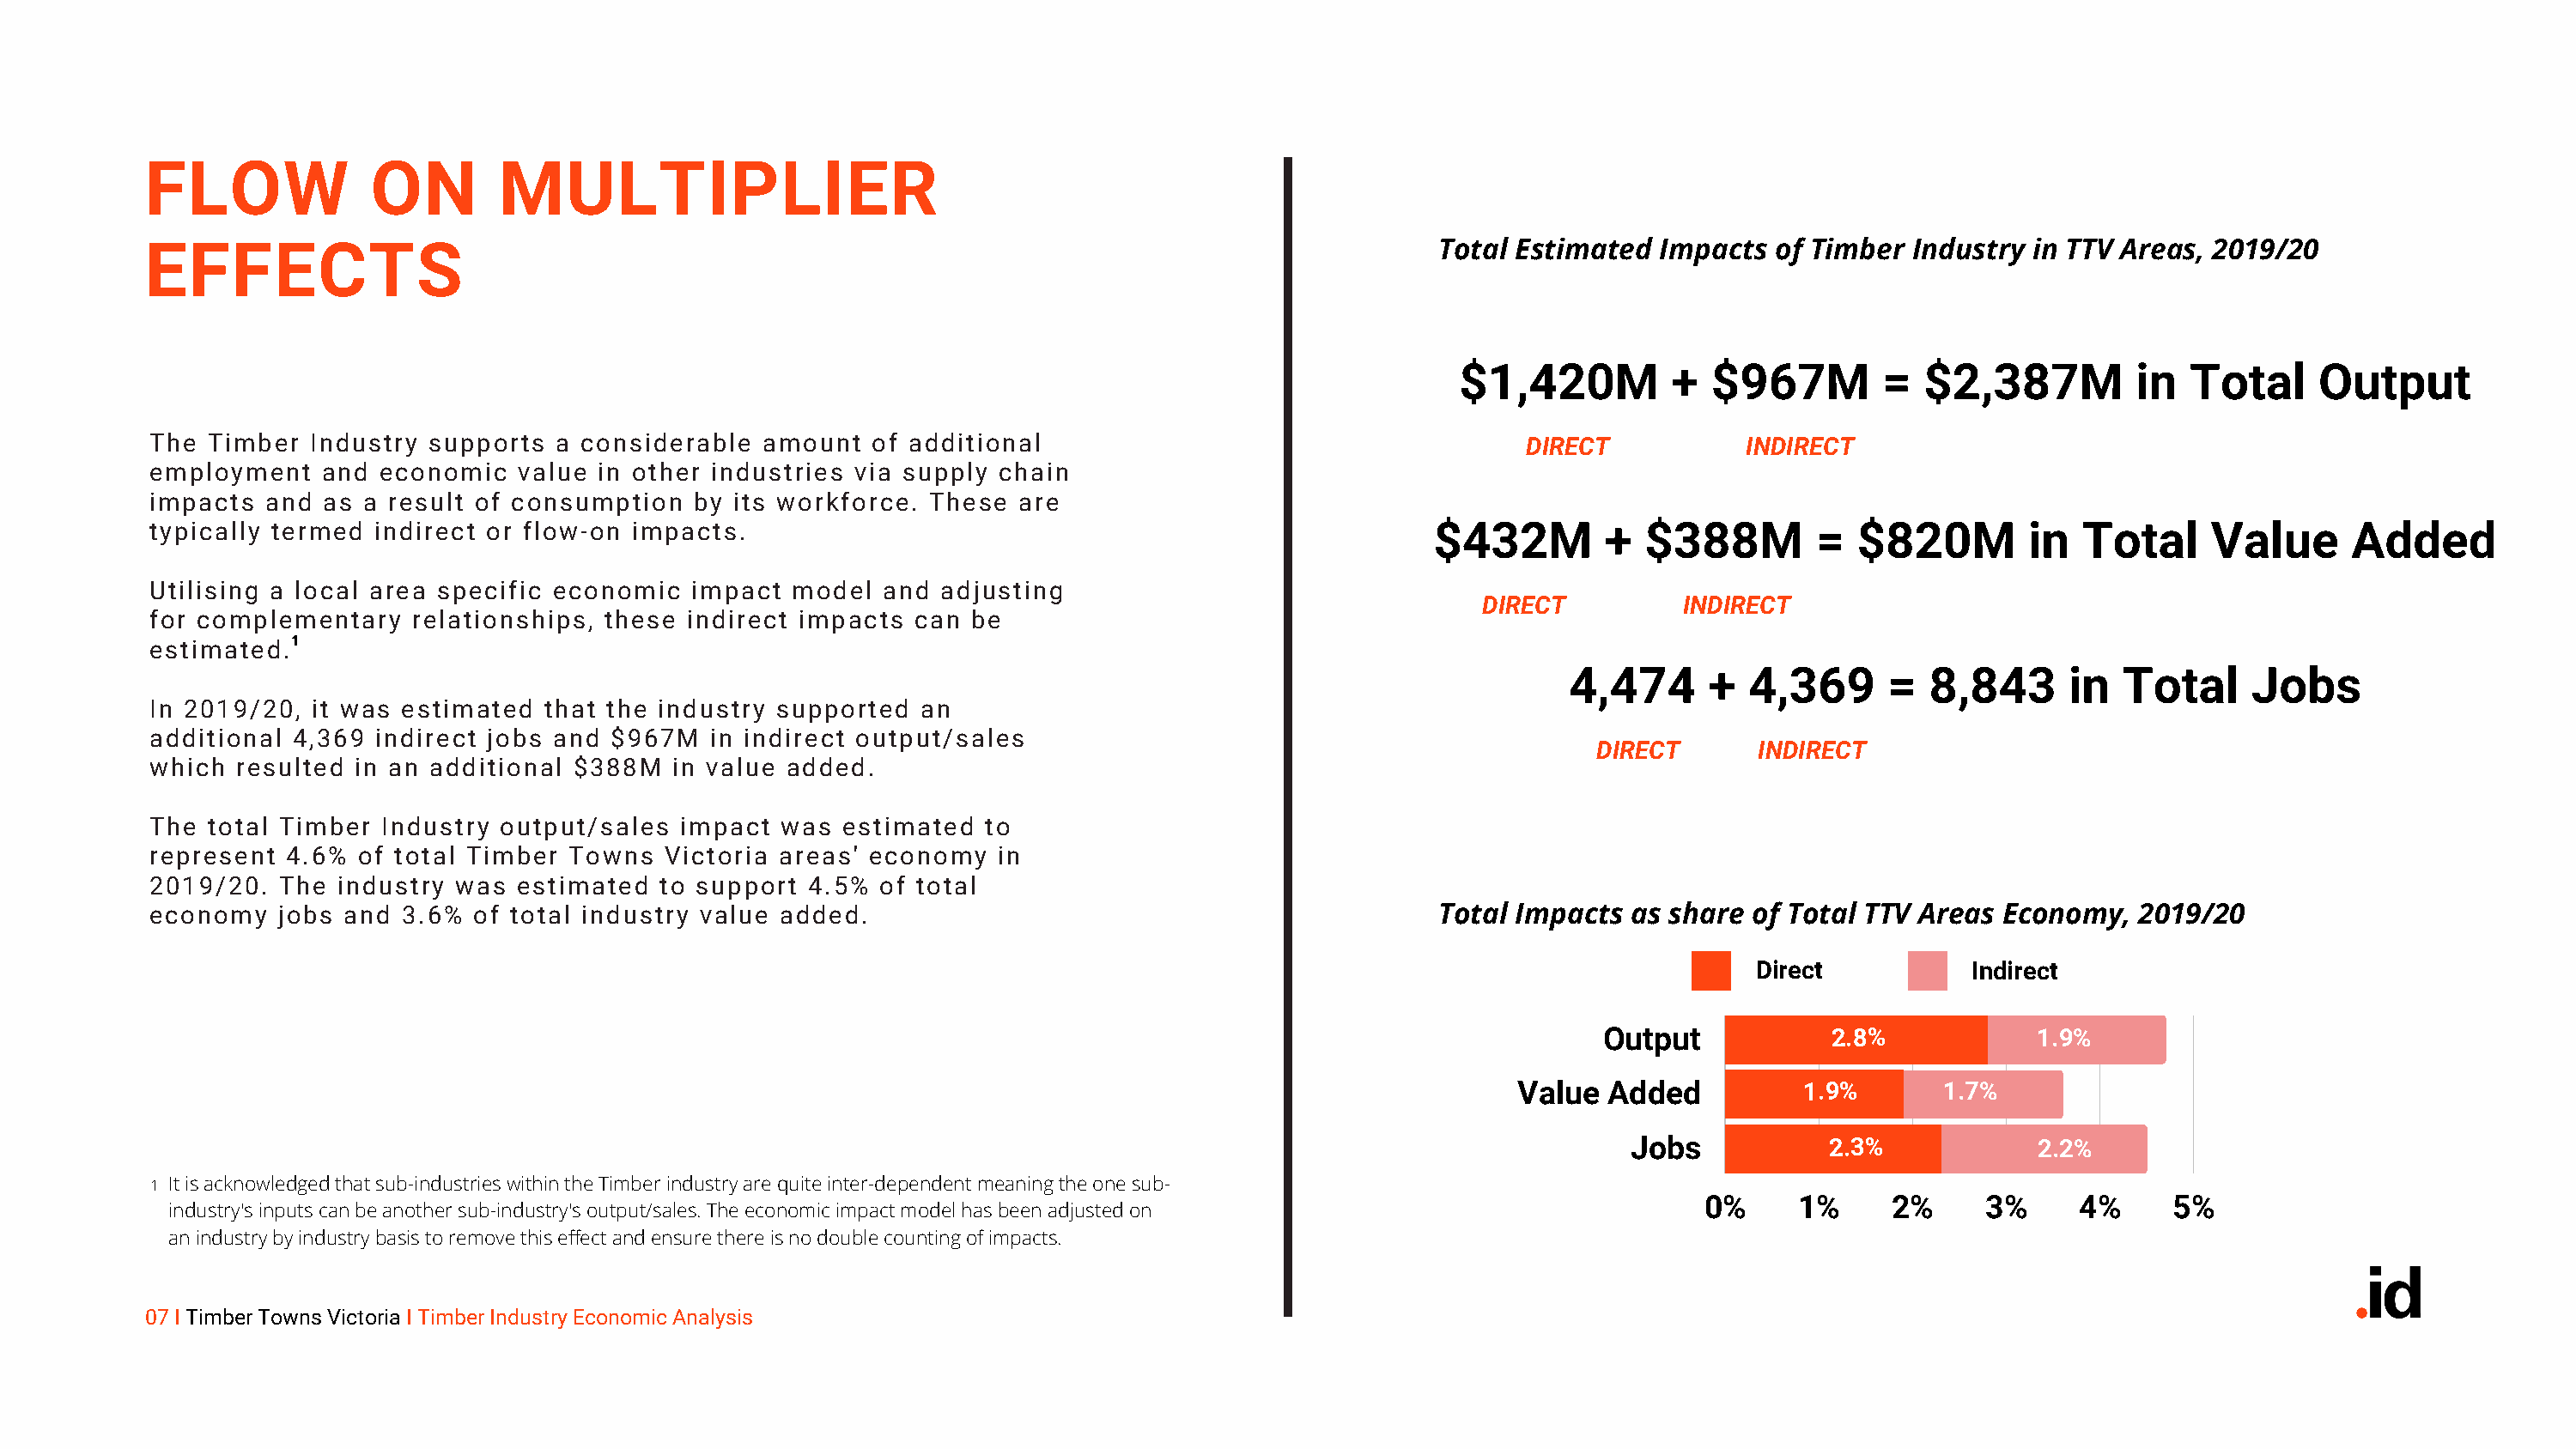
FLOW              ON       MULTIPLIER
 EFFECTS                                                                                             Total Estimated  Impacts  of Timber Industry  in TTV Areas, 2019/20
 $1,420M         +  $967M        =  $2,387M          in  Total     Output
 The Timber  Industry supports  a considerable  amount  of additional                                      DIRECT           INDIRECT
 employment   and economic   value in other industries via supply chain
 impacts and  as a result of consumption  by  its workforce. These  are
 typically termed indirect or flow-on impacts.                                                      $432M        +  $388M        =  $820M        in   Total    Value      Added
 Utilising a local area specific economic impact  model  and  adjusting
 DIRECT          INDIRECT
 for complementary   relationships, these indirect impacts  can be
 estimated.1
 4,474      +  4,369      =  8,843     in   Total     Jobs
 In 2019/20, it was estimated  that the industry supported  an
 additional 4,369 indirect jobs and $967M   in indirect output/sales
 DIRECT       INDIRECT
 which resulted in an additional $388M   in value added.
 The total Timber Industry  output/sales impact  was  estimated  to
 represent 4.6%  of total Timber Towns  Victoria areas' economy   in
 2019/20.  The industry was  estimated  to support 4.5%  of total
 economy  jobs  and 3.6% of total industry value added.                                             Total Impacts  as share of Total TTV Areas Economy,   2019/20
 Direct           Indirect
 Output           2.8%            1.9%
 Value  Added          1.9%       1.7%
 Jobs           2.3%            2.2%
 1 It is acknowledged that sub-industries within the Timber industry are quite inter-dependent meaning the one sub-
 0%      1%     2%     3%     4%      5%
 industry's inputs can be another sub-industry's output/sales. The economic impact model has been adjusted on
 an industry by industry basis to remove this effect and ensure there is no double counting of impacts.
 07 I Timber Towns Victoria I Timber Industry Economic Analysis